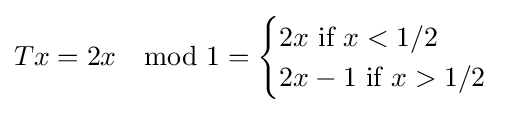
Tx=2x\mod 1={\begin{cases}2x{\text{ if }}x<1/2\\2x-1{\text{ if }}x>1/2\\\end{cases}}